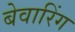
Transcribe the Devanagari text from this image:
बेवारिंग